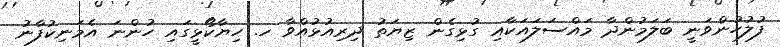
ފުލުހުންވަނީ ބަލަމުންދާ މައްސަލައަކާއި ގުޅިގެން ޒިޔަތު ދިރިއުޅުއްވާ ހ. ހިޔާކޯޅީގައި ހުންނަ އެމަނިކުފާނު